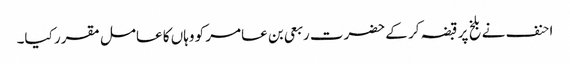
احنف نے بلخ پر قبضہ کر کے حضرت ربعی بن عامر کو وہاں کا عامل مقرر کیا۔